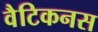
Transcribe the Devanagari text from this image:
वैटिकनस